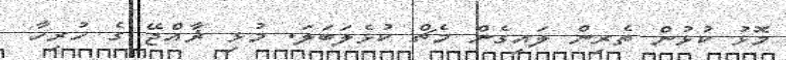
މޮޅު ކުޅުން ތެރިން ލައިގެން މެޗް ކުޅެލަބަލަ. މުޅި ޜާއްޖޭ ގެ ހުރިހާ